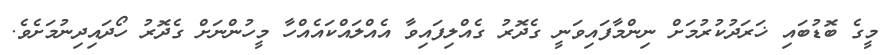
މީގެ ބޮޑުބައި ޚަރަދުކުރުމަށް ނިންމާފައިވަނީ ގެދޮރު ގެއްލިފައިވާ އެއްލައްކައެއްހާ މީހުންނަށް ގެދޮރު ހޯދައިދިނުމަށެވެ.